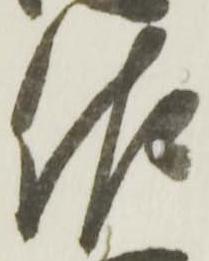
佐